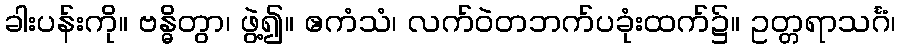
ခါးပန်းကို။ ဗန္ဓိတွာ၊ ဖွဲ့၍။ ဧကံသံ၊ လက်ဝဲတဘက်ပခုံးထက်၌။ ဥတ္တရာသင်္ဂံ၊